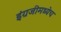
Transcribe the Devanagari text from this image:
इंग्रजीमध्येच